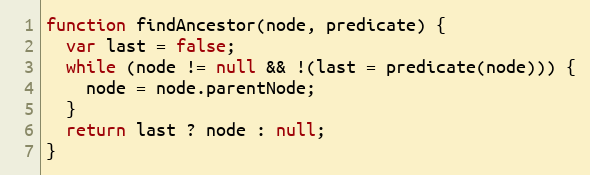
Language: JavaScript
function findAncestor(node, predicate) {
  var last = false;
  while (node != null && !(last = predicate(node))) {
    node = node.parentNode;
  }
  return last ? node : null;
}